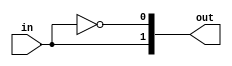
module decoder #(
  parameter BITS = 1
  )(
  input  [BITS-1:0]      in,
  output [(1<<BITS)-1:0] out);

  genvar i;
  generate
    for (i = 0; i < (1<<BITS); i=i+1) begin : dec
      assign out[i] = (in == i);
    end
  endgenerate

endmodule